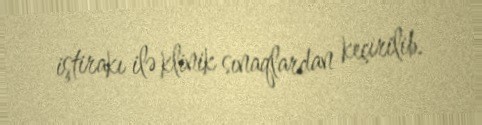
iştirakı ilə klinik sınaqlardan keçirilib.